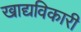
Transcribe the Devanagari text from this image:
खाद्यविकारी